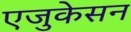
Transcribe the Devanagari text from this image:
एजुकेसन